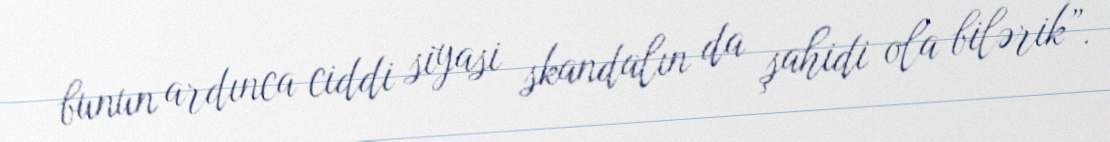
bunun ardınca ciddi siyasi skandalın da şahidi ola bilərik”.